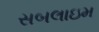
સબલાઇમ